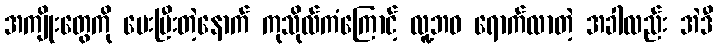
အကျိုးတွေကို ပေးပြီးတဲ့နောက် ကုသိုလ်ကံကြောင့် လူ့ဘဝ ရောက်လာတဲ့ အခါလည်း အဲဒီ